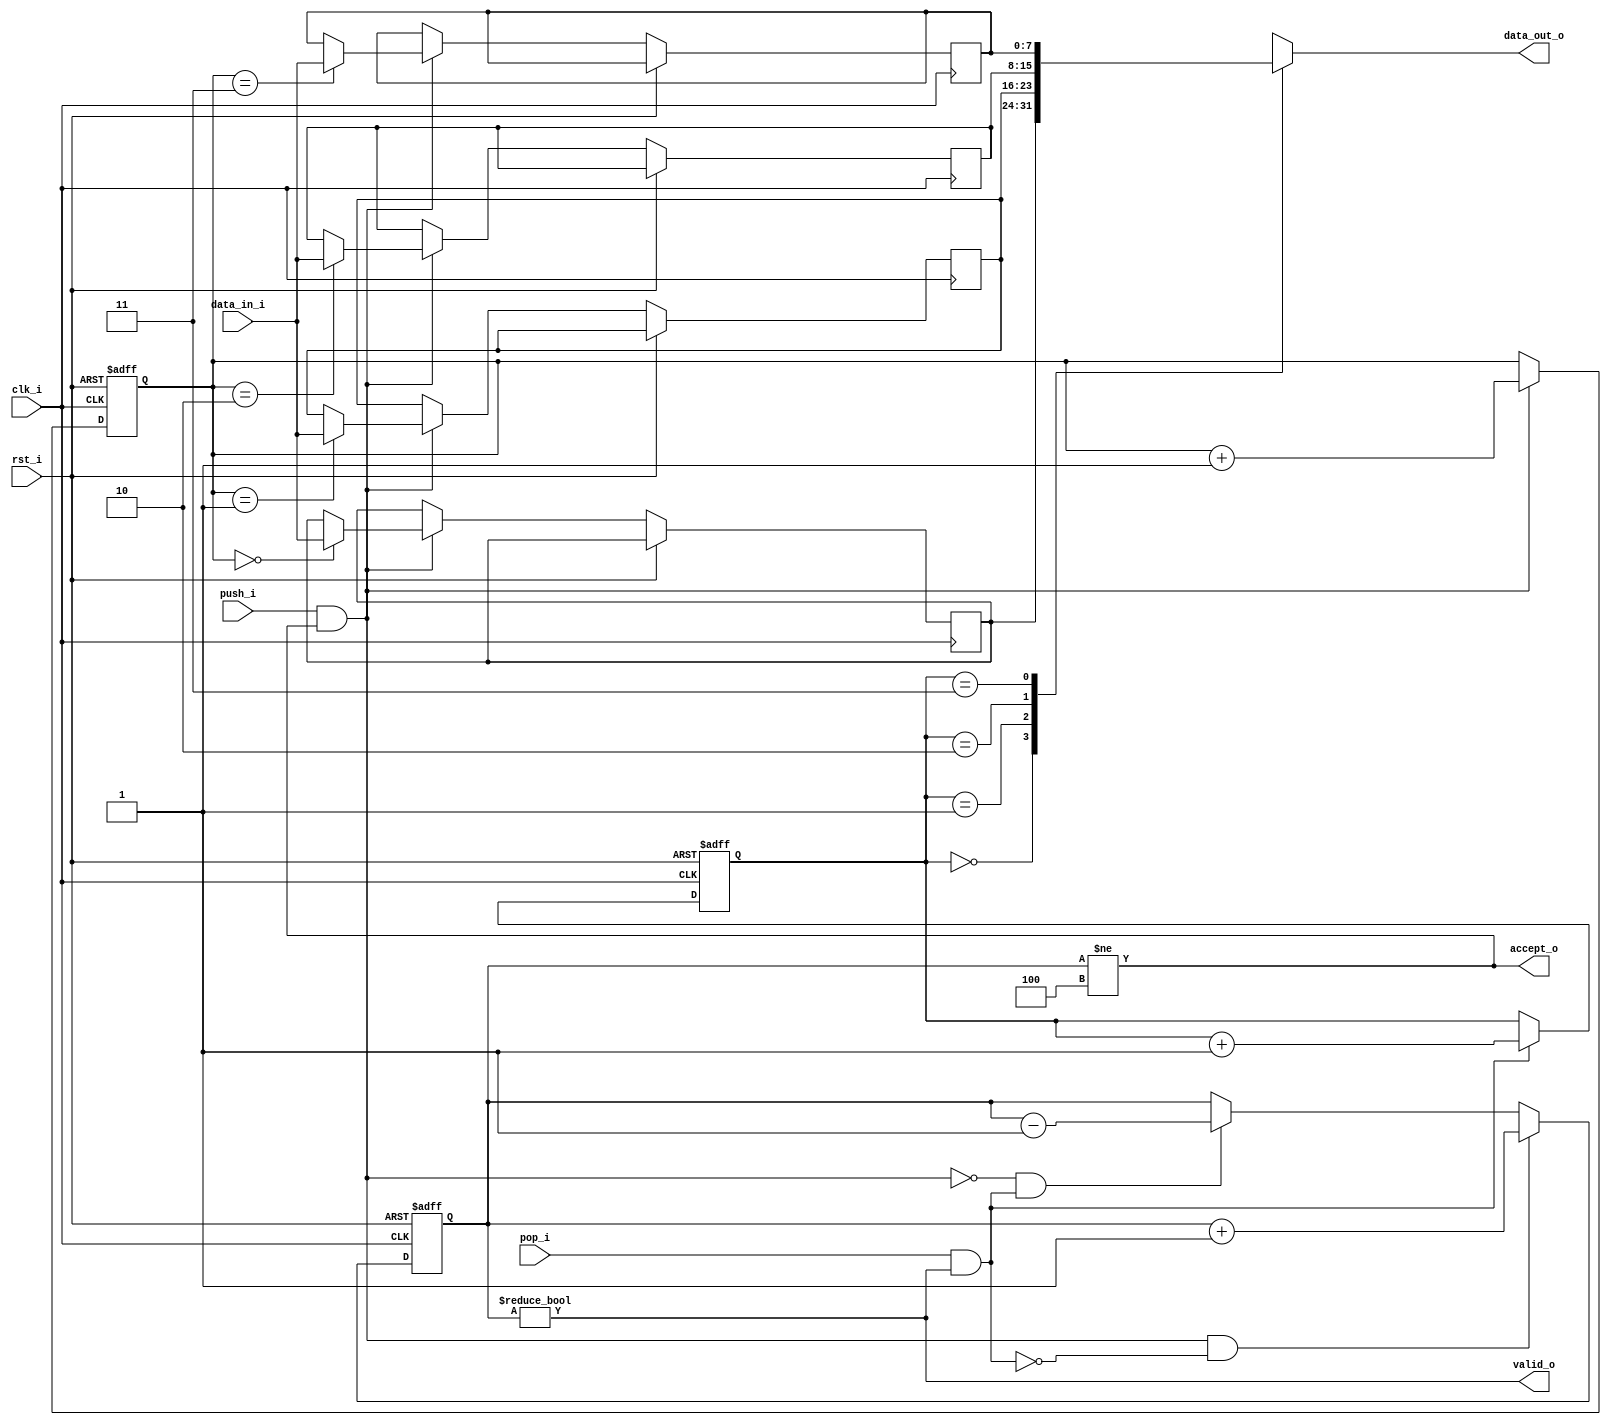
module tcm_mem_pmem_fifo2
#(
    parameter WIDTH   = 8,
    parameter DEPTH   = 4,
    parameter ADDR_W  = 2
)
(
     input               clk_i
    ,input               rst_i
    ,input  [WIDTH-1:0]  data_in_i
    ,input               push_i
    ,input               pop_i
    ,output [WIDTH-1:0]  data_out_o
    ,output              accept_o
    ,output              valid_o
);
localparam COUNT_W = ADDR_W + 1;
reg [WIDTH-1:0]         ram [DEPTH-1:0];
reg [ADDR_W-1:0]        rd_ptr;
reg [ADDR_W-1:0]        wr_ptr;
reg [COUNT_W-1:0]       count;
always @ (posedge clk_i or posedge rst_i)
if (rst_i)
begin
    count   <= {(COUNT_W) {1'b0}};
    rd_ptr  <= {(ADDR_W) {1'b0}};
    wr_ptr  <= {(ADDR_W) {1'b0}};
end
else
begin
    if (push_i & accept_o)
    begin
        ram[wr_ptr] <= data_in_i;
        wr_ptr      <= wr_ptr + 1;
    end
    if (pop_i & valid_o)
        rd_ptr      <= rd_ptr + 1;
    if ((push_i & accept_o) & ~(pop_i & valid_o))
        count <= count + 1;
    else if (~(push_i & accept_o) & (pop_i & valid_o))
        count <= count - 1;
end
assign accept_o   = (count != DEPTH);
assign valid_o    = (count != 0);
assign data_out_o = ram[rd_ptr];
endmodule